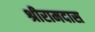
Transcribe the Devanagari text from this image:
श्रीरामदास